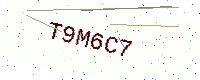
Text: T9M6C7